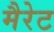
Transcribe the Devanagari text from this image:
मैरेट